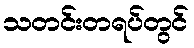
သတင်းတရပ်တွင်